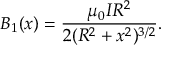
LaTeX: B _ { 1 } ( x ) = { \frac { \mu _ { 0 } I R ^ { 2 } } { 2 ( R ^ { 2 } + x ^ { 2 } ) ^ { 3 / 2 } } } .